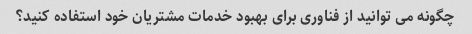
چگونه می توانید از فناوری برای بهبود خدمات مشتریان خود استفاده کنید؟